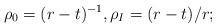
LaTeX: \begin{align*} \rho_0 = (r-t)^{-1}, \rho_I = (r-t)/r;\end{align*}